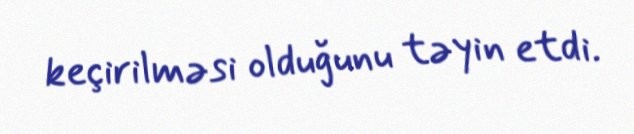
keçirilməsi olduğunu təyin etdi.